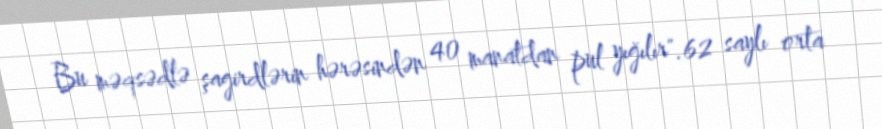
Bu məqsədlə şagirdlərin hərəsindən 40 manatdan pul yığılır".62 saylı orta